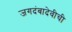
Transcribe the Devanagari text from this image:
जगदंबादेवीची